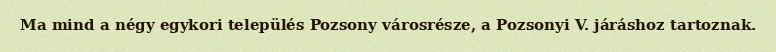
Ma mind a négy egykori település Pozsony városrésze, a Pozsonyi V. járáshoz tartoznak.